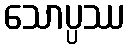
သောပ္ပဿ